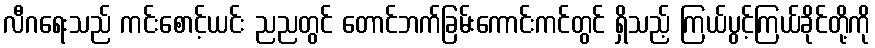
လီဂရေးသည် ကင်းစောင့်ယင်း ညညတွင် တောင်ဘက်ခြမ်းကောင်းကင်တွင် ရှိသည့် ကြယ်ပွင့်ကြယ်ခိုင်တို့ကို